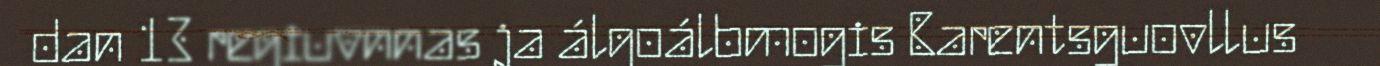
dan 13 regiuvnnas ja álgoálbmogis Barentsguovllus